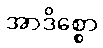
အာဒိစ္စော